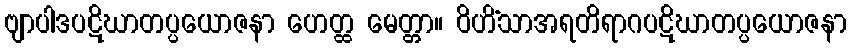
ဗျာပါဒပဋိဃာတပ္ပယောဇနာ ဟေတ္ထ မေတ္တာ။ ဝိဟိံသာအရတိရာဂပဋိဃာတပ္ပယောဇနာ